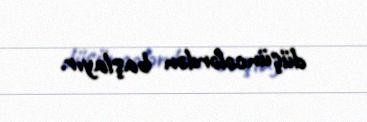
düşüncələrdən başlayır.